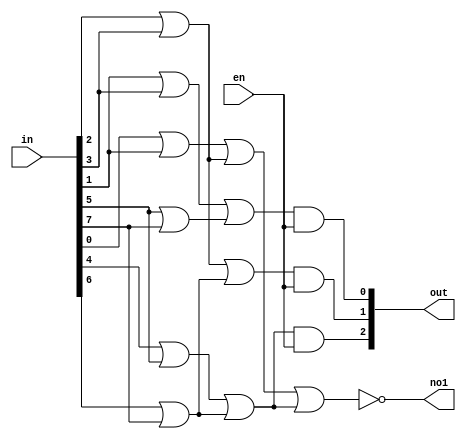
module Encoder8to3(in,out,en,no1);
	input [7:0] in;
	input en;
	output [2:0] out;
	output no1;

or(in45,in[4],in[5]);
or(in67,in[6],in[7]);
or(in4567,in45,in67);

and(out[2],in4567,en);

or(in23,in[2],in[3]);
or(in2367,in23,in67);

and(out[1],in2367,en);

or(in13,in[1],in[3]);
or(in57,in[5],in[7]);
or(in1357,in13,in57);

and(out[0],in1357,en);

or(in01,in[0],in[1]);
or(in0123,in01,in23);
nor(no1,in0123,in4567);

endmodule